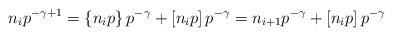
LaTeX: \begin{align*}n_{i}p^{-\gamma+1}=\left\{ n_{i}p\right\} p^{-\gamma}+\left[n_{i}p\right]p^{-\gamma}=n_{i+1}p^{-\gamma}+\left[n_{i}p\right]p^{-\gamma}\end{align*}